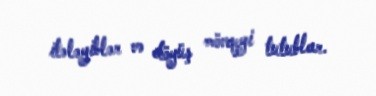
itələyiblər və döyüş mövqeyi tutublar.